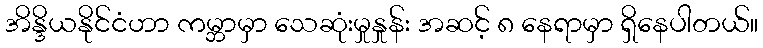
အိန္ဒိယနိုင်ငံဟာ ကမ္ဘာမှာ သေဆုံးမှုနှုန်း အဆင့် ၈ နေရာမှာ ရှိနေပါတယ်။